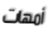
أمهات